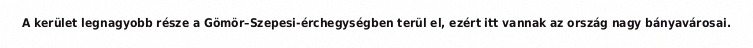
A kerület legnagyobb része a Gömör–Szepesi-érchegységben terül el, ezért itt vannak az ország nagy bányavárosai.